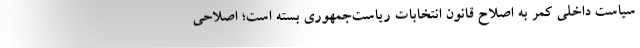
سیاست داخلی کمر به اصلاح قانون انتخابات ریاست‌جمهوری بسته است؛ اصلاحی